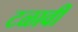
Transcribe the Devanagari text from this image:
टळावी